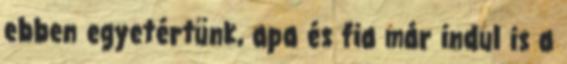
ebben egyetértünk, apa és fia már indul is a